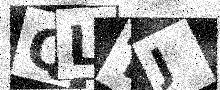
Text: QLTJ